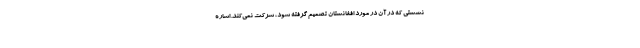
نشستی که در آن در مورد افغانستان تصمیم گرفته شود، شرکت نمی‌کند. اشاره‌